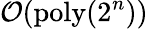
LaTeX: \mathcal{O}(\mathrm{poly}(2^{n}))